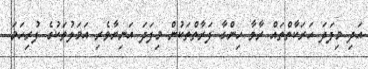
އަދި މިފަދަ ހަރަކާތްތައް ރާވާ ހިންގާ ފަރާތްތަކުން މިފަދަ އަނިޔާވެރި އަމަލުތަކުގެ ފުރިހަމަ